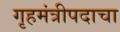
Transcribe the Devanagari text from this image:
गृहमंत्रीपदाचा